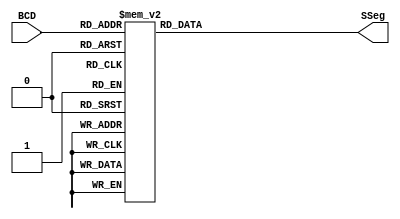
module BCDtoSSeg (BCD, SSeg);

  input [3:0] BCD;
  output reg [6:0] SSeg;



always @ ( * ) begin
  case (BCD)
    4'b0000: SSeg = 7'b1000000; // "0"  
	4'b0001: SSeg = 7'b1111001; // "1" 
	4'b0010: SSeg = 7'b0100100; // "2" 
	4'b0011: SSeg = 7'b0110000; // "3" 
	4'b0100: SSeg = 7'b0011001; // "4" 
	4'b0101: SSeg = 7'b0010010; // "5" 
	4'b0110: SSeg = 7'b0000010; // "6" 
	4'b0111: SSeg = 7'b1111000; // "7" 
	4'b1000: SSeg = 7'b0000000; // "8"  
	4'b1001: SSeg = 7'b0011000; // "9" 
   4'ha: SSeg = 7'b0001000;  
   4'hb: SSeg = 7'b0000011;
   4'hc: SSeg = 7'b0100111;
   4'hd: SSeg = 7'b0100001;
   4'he: SSeg = 7'b0000100;
   4'hf: SSeg = 7'b0001110;
    default:
    SSeg = 0;
    endcase
end

endmodule